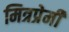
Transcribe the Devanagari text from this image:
मित्रप्रेमी